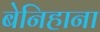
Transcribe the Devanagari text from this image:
बेनिहाना